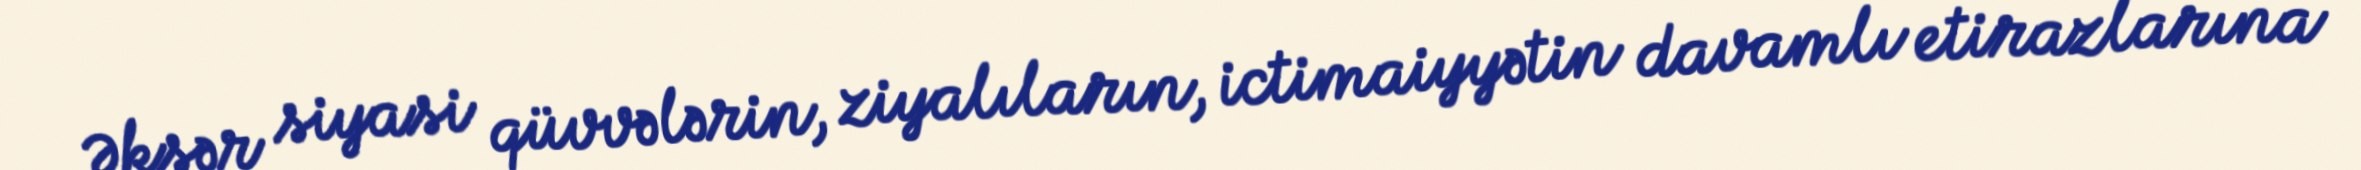
Əksər siyasi qüvvələrin, ziyalıların, ictimaiyyətin davamlı etirazlarına